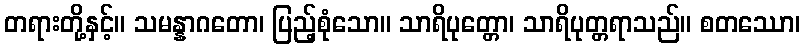
တရားတို့နှင့်။ သမန္နာဂတော၊ ပြည့်စုံသော။ သာရိပုတ္တော၊ သာရိပုတ္တရာသည်။ စတဿော၊